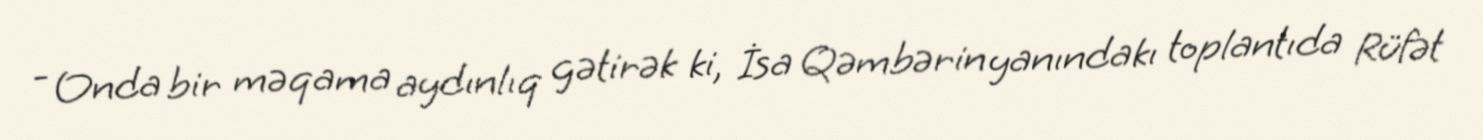
- Onda bir məqama aydınlıq gətirək ki, İsa Qəmbərin yanındakı toplantıda Rüfət